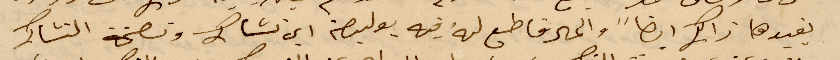
يفيدها ذاك ايضًا والمال فاطبع له فيه بوليصة ابن  %% ونصيحة التشاك